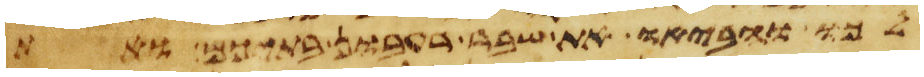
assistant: לכו והביאו את שבר רעבון בתיכם ואת